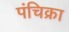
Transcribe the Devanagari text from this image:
पंचिक्रा